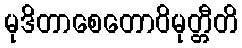
မုဒိတာစေတောဝိမုတ္တီတိ